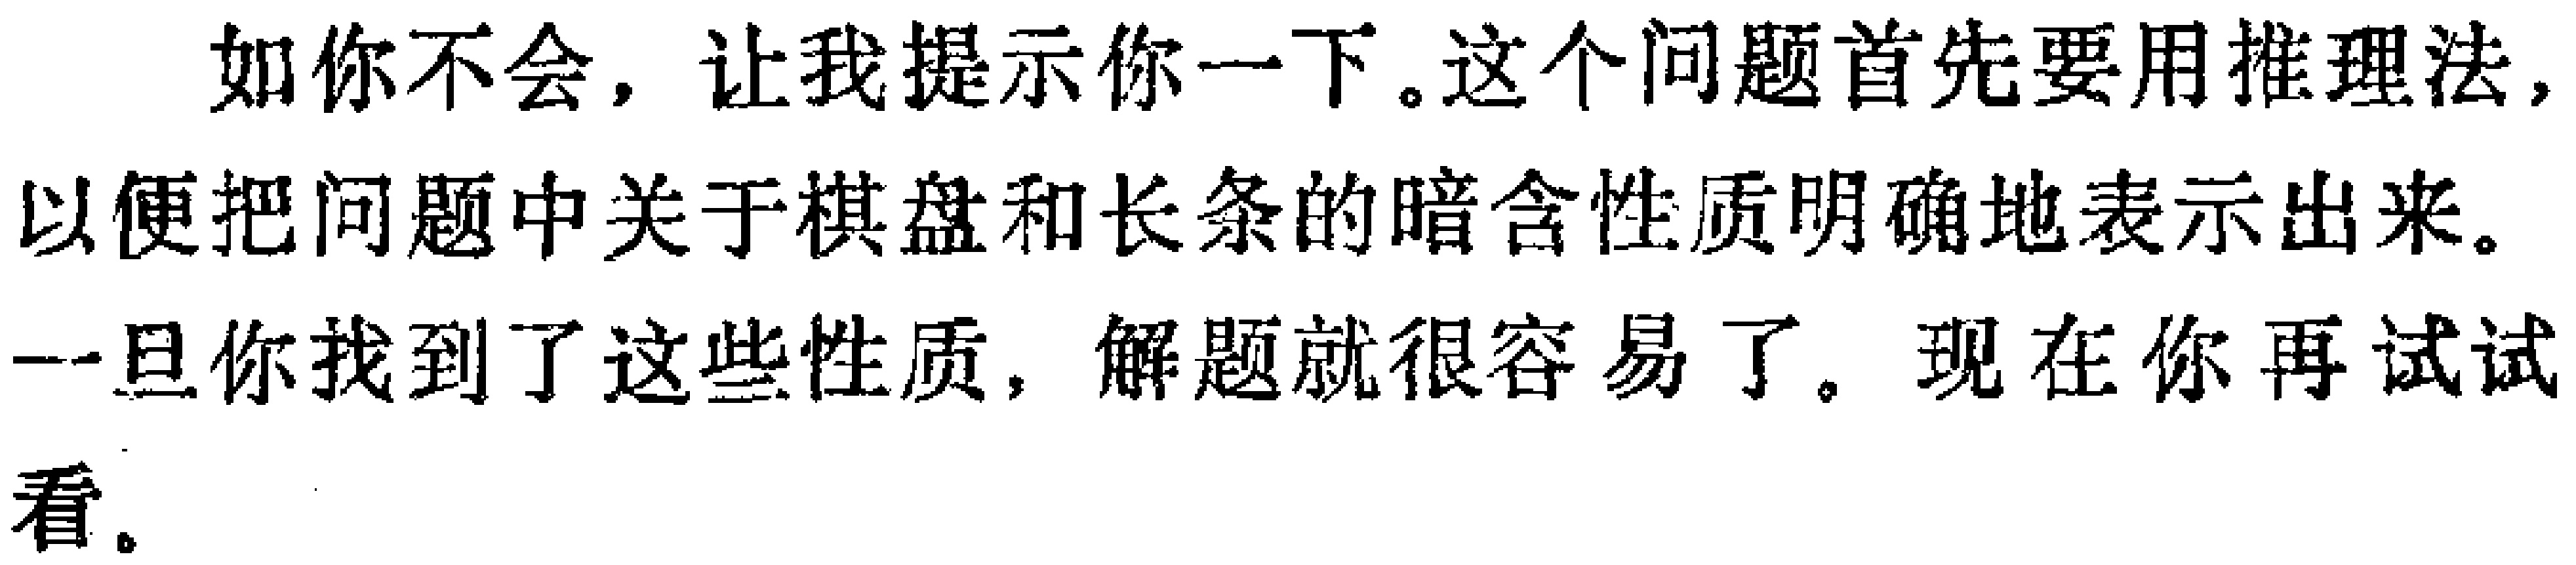
如你不会，让我提示你一下。这个问题首先要用推理法，以便把问题中关于棋盘和长条的暗含性质明确地表示出来。一旦你找到了这些性质，解题就很容易了。现在你再试试看。